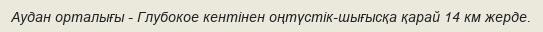
Аудан орталығы - Глубокое кентінен оңтүстік-шығысқа қарай 14 км жерде.